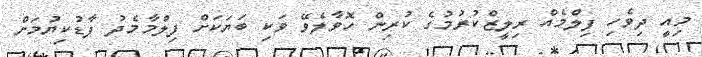
މިއީ ދިވެހި ފިލްމެއް ރިލީޒްކުރުމުގެ ކުރިން ހޮވާލެވޭ ވަކި ބަޔަކަށް ފިލްމާމެދު ފާޑުކިޔުމަށް